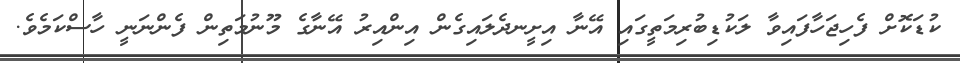
ކުޑަކޮށް ފެހިޖަހާފައިވާ ލަކުޑިބުރިމަތީގައި އޭނާ އިށީނދެލައިގެން އިންއިރު އޭނާގެ މޫނުމަތިން ފެންނަނީ ހާސްކަމެވެ.